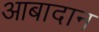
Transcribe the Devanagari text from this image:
आबादान